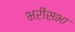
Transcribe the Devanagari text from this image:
भरीसभा